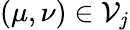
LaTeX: (\mu,\nu)\in\mathcal{V}_{j}